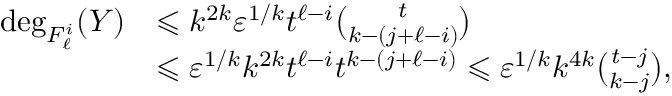
\begin{array} { r l } { \deg _ { F _ { \ell } ^ { i } } ( Y ) } & { \leqslant k ^ { 2 k } \varepsilon ^ { 1 / k } t ^ { \ell - i } \binom { t } { k - ( j + \ell - i ) } } \\ & { \leqslant \varepsilon ^ { 1 / k } k ^ { 2 k } t ^ { \ell - i } t ^ { k - ( j + \ell - i ) } \leqslant \varepsilon ^ { 1 / k } k ^ { 4 k } \binom { t - j } { k - j } , } \end{array}